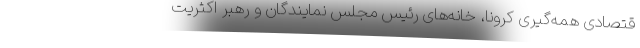
قتصادی همه‌گیری کرونا، خانه‌های رئیس مجلس نمایندگان و رهبر اکثریت